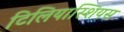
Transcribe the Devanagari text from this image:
टिलियास्शियस